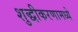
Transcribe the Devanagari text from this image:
शुद्धीकरणामध्ये